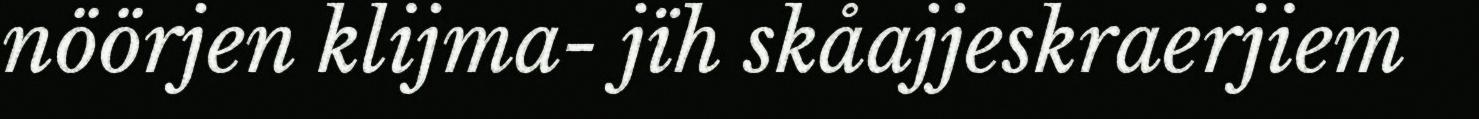
nöörjen klijma- jïh skåajjeskraerjiem